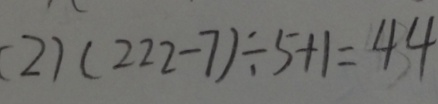
( 2 ) ( 2 2 2 - 7 ) \div 5 + 1 = 4 4